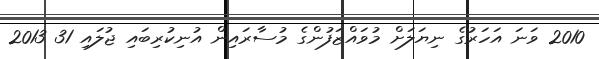
2010 ވަނަ އަހަރުގެ ނިޔަލަށް މުވައްޒަފުންގެ މުސާރައިން އުނިކުރިބައި ޖުލައި 31 2013